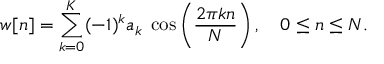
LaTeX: w [ n ] = \sum _ { k = 0 } ^ { K } ( - 1 ) ^ { k } a _ { k } \; \cos \left( { \frac { 2 \pi k n } { N } } \right) , \quad 0 \leq n \leq N .